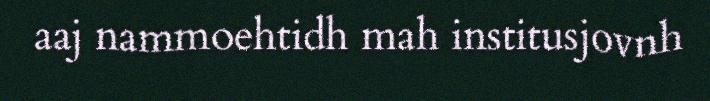
aaj nammoehtidh mah institusjovnh